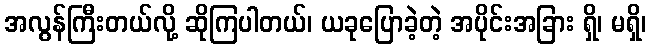
အလွန်ကြီးတယ်လို့ ဆိုကြပါတယ်၊ ယခုပြောခဲ့တဲ့ အပိုင်းအခြား ရှိ၊ မရှိ၊